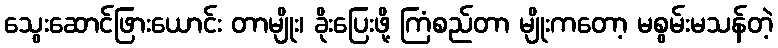
သွေးဆောင်ဖြားယောင်း တာမျိုး၊ ခိုးပြေးဖို့ ကြံစည်တာ မျိုးကတော့ မစွမ်းမသန်တဲ့